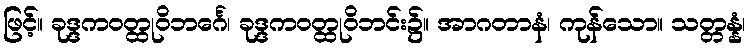
ဖြင့်။ ခုဒ္ဒကဝတ္ထုဝိဘင်္ဂေ၊ ခုဒ္ဒကဝတ္ထုဝိဘင်း၌။ အာဂတာနံ၊ ကုန်သော။ သတ္တန္နံ၊